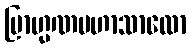
ဗြာဟ္မဏမဟာသာလော